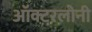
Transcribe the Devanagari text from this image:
ऑक्टरलोनी